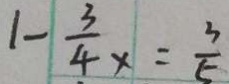
1 - \frac { 3 } { 4 } x = \frac { 3 } { 5 }